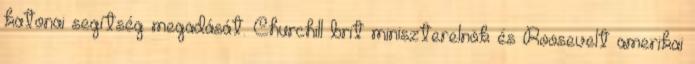
katonai segítség megadását. Churchill brit miniszterelnök és Roosevelt amerikai